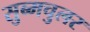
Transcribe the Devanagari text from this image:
सुब्मचुलर